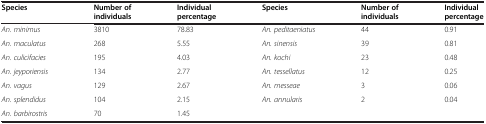
| Species | Number of individuals | Individual percentage | Species | Number of individuals | Individual percentage |
 | --- | --- | --- | --- | --- | --- |
 | An. minimus | 3810 | 78.83 | An. peditaeniatus | 44 | 0.91 |
 | An. maculatus | 268 | 5.55 | An. sinensis | 39 | 0.81 |
 | An. culicifacies | 195 | 4.03 | An. kochi | 23 | 0.48 |
 | An. jeyporiensis | 134 | 2.77 | An. tessellatus | 12 | 0.25 |
 | An. vagus | 129 | 2.67 | An. messeae | 3 | 0.06 |
 | An. splendidus | 104 | 2.15 | An. annularis | 2 | 0.04 |
 | An. barbirostris | 70 | 1.45 |  |  |  |